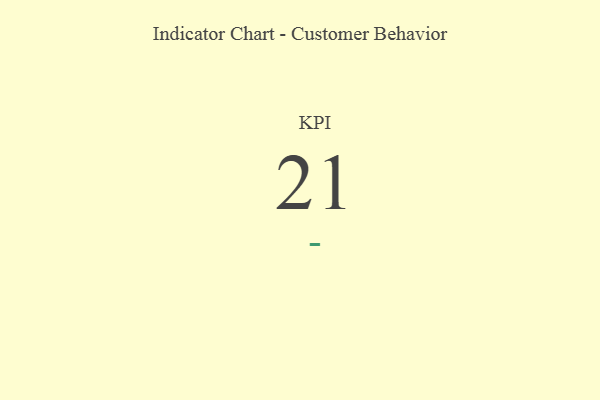
{"axis": {"x": "KPI", "y": "Value"}, "legend": [""], "data": [{"x": "KPI", "y": 21, "type": ""}]}